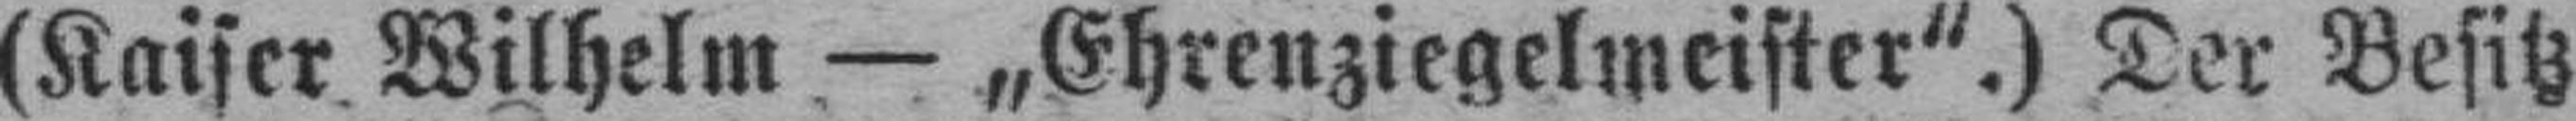
(Kaiser Wilhelm — „Ehrenziegelmeister".) Der Besitz